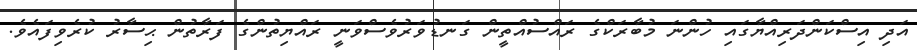
އަދި އިސްކަންދަރިއްޔާގައި ހުންނަ މުބާރަކްގެ ރައްސުއްތީން ގަނޑުވަރުވެސްވަނީ ރައްޔިތުންގެ ފަރާތުން ޙިސާރު ކުރެވިފައެވެ.